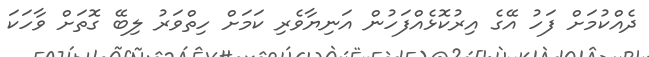
ދެއްކުމަށް ފަހު އޭގެ އިރުކޮޅެއްފަހުން އަނިޔާވެރި ކަމަށް ހިތްވަރު ލިބޭ ގޮތަށް ވާހަކަ